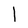
Character: l